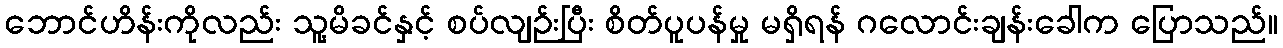
ဘောင်ဟိန်းကိုလည်း သူ့မိခင်နှင့် စပ်လျဉ်းပြီး စိတ်ပူပန်မှု မရှိရန် ဂလောင်းချန်းခေါက ပြောသည်။